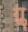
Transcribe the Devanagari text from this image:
र्‍ाॣ